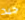
جيد